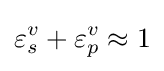
\varepsilon _{s}^{v}+\varepsilon _{p}^{v}\approx 1